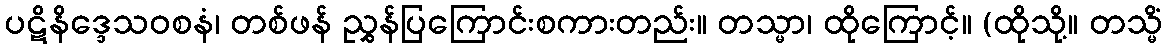
ပဋိနိဒ္ဒေသဝစနံ၊ တစ်ဖန် ညွှန်ပြကြောင်းစကားတည်း။ တသ္မာ၊ ထိုကြောင့်။ (ထိုသို့။ တသ္မိံ